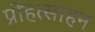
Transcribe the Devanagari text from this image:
प्रोहत्साहन